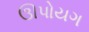
ઊપોયગ